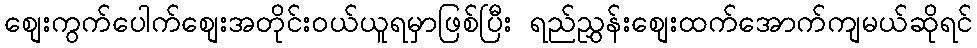
စျေးကွက်ပေါက်စျေးအတိုင်းဝယ်ယူရမှာဖြစ်ပြီး ရည်ညွှန်းစျေးထက်အောက်ကျမယ်ဆိုရင်